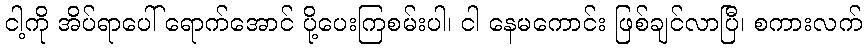
ငါ့ကို အိပ်ရာပေါ် ရောက်အောင် ပို့ပေးကြစမ်းပါ၊ ငါ နေမကောင်း ဖြစ်ချင်လာပြီ၊ စကားလက်